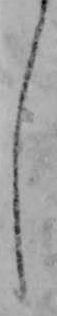
し